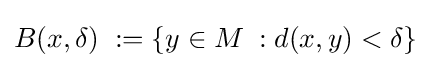
B(x,\delta )\;:=\{y\in M\;:d(x,y)<\delta \}